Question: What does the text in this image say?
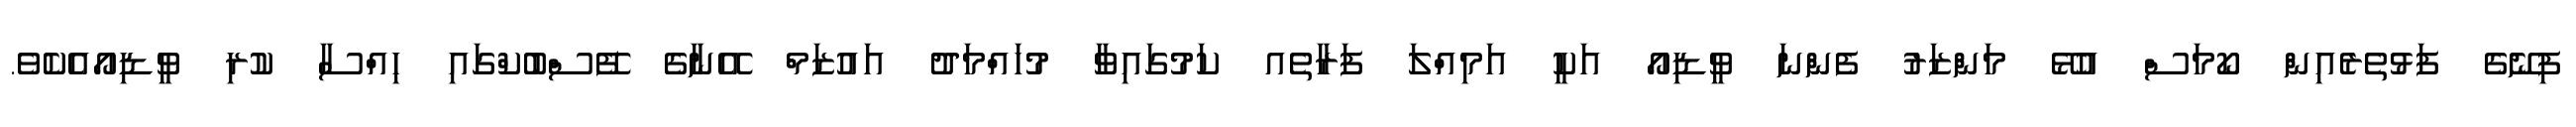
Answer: ފިނޭގެ ފަޅުތެރެއިން ކޯމަސް އުޅޭ މަންޒަރު ފެންނަ ވީޑިއޯ އަކީ އަމިއްލަ ފަރާތެއ ކަމުގައިވާ މުހައްމަދު އައުޒަމް އޭނާގެ ފޭސްބުކްގައި ހިއްސާ ކުރި ވީޑިއޯއެކެވެ.